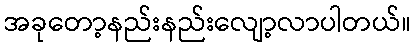
အခုတော့နည်းနည်းလျော့လာပါတယ်။